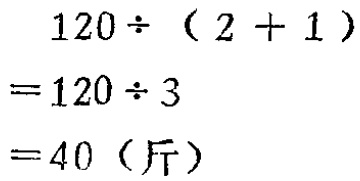
\[
\begin{align*}
&120\div(2 + 1)\\
=&120\div3\\
=&40 \text{（斤）}
\end{align*}
\]